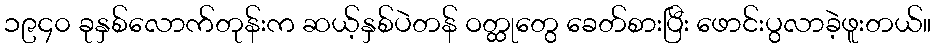
၁၉၄၀ ခုနှစ်လောက်တုန်းက ဆယ့်နှစ်ပဲတန် ဝတ္ထုတွေ ခေတ်စားပြီး ဖောင်းပွလာခဲ့ဖူးတယ်။